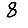
Digit: 8